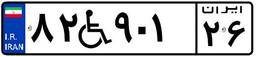
۴۲W۴۷۵۱۲